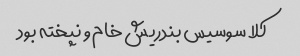
کلا سوسیس بندریش خام و نپخته بود